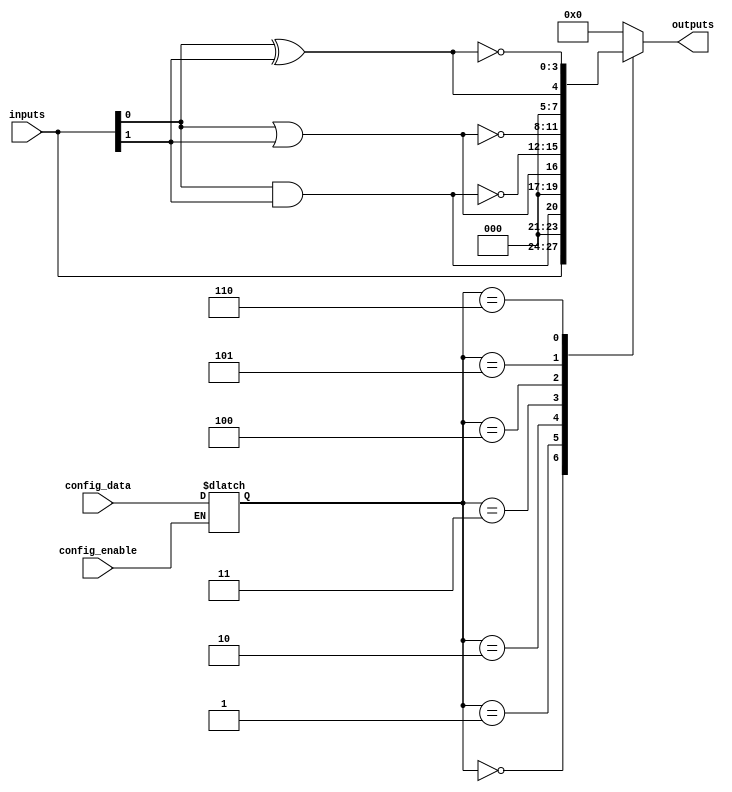
module combinational_logic_block (
    input [3:0] inputs,            // Input signals
    input [15:0] config_data,      // Configuration data for the SRAM cells
    input config_enable,            // Signal to enable configuration
    output reg [3:0] outputs        // Output signals
);

// SRAM cells to store configuration bits
reg [15:0] sram [0:3];             // 4 SRAM cells, each 16 bits wide

// Logic function selection based on configuration bits
always @(*) begin
    if (config_enable) begin
        // Load configuration into SRAM
        sram[0] <= config_data;   // Example: writing configuration to SRAM[0]
    end
end

// Combinational logic generation
always @(*) begin
    case (sram[0])
        16'b0000000000000000: outputs = inputs;                // Buffer
        16'b0000000000000001: outputs = inputs[0] & inputs[1]; // AND
        16'b0000000000000010: outputs = inputs[0] | inputs[1]; // OR
        16'b0000000000000011: outputs = ~(inputs[0] & inputs[1]); // NAND
        16'b0000000000000100: outputs = ~(inputs[0] | inputs[1]); // NOR
        16'b0000000000000101: outputs = inputs[0] ^ inputs[1]; // XOR
        16'b0000000000000110: outputs = ~(inputs[0] ^ inputs[1]); // XNOR
        // Additional configurations can be added here...
        default: outputs = 4'b0000; // Default case
    endcase
end

endmodule